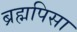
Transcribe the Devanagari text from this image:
ब्रह्मपिसा